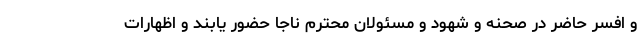
و افسر حاضر در صحنه و شهود و مسئولان محترم ناجا حضور یابند و اظهارات